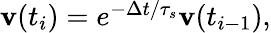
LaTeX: \begin{array}{r}{\mathbf{v}(t_{i})=e^{-\Delta t/\tau_{s}}\mathbf{v}(t_{i-1}),}\end{array}